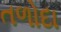
તળોદા